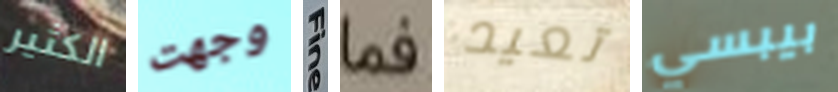
الكثير وجهت Fine فما تعيد بيبسي